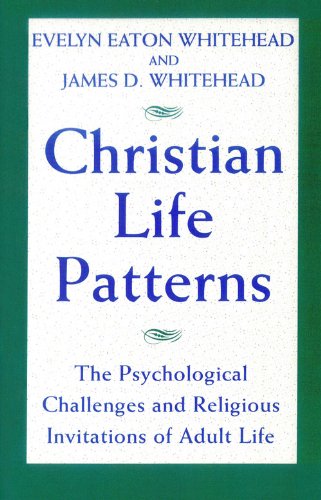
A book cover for Christian Life Patterns: The Psychological Challenges and Religious Invitations of Adult Life; Evelyn Eaton Whitehead; Religion & Spirituality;